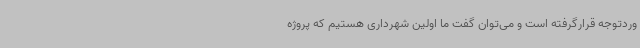
وردتوجه قرارگرفته است و می‌توان گفت ما اولین شهرداری هستیم که پروژه